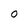
Character: 0